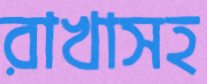
রাখাসহ